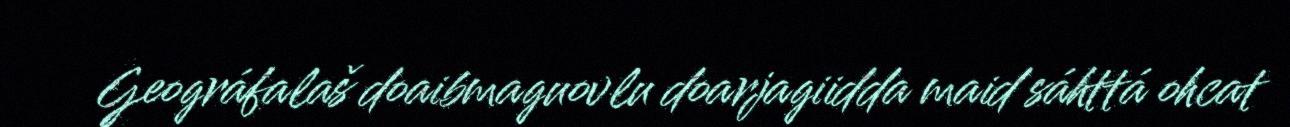
Geográfalaš doaibmaguovlu doarjagiidda maid sáhttá ohcat